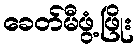
ခေတ်မီဖွံ့ဖြိုး